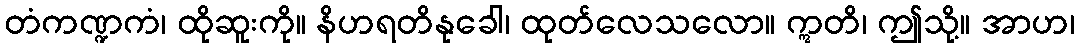
တံကဏ္ဍကံ၊ ထိုဆူးကို။ နိဟရတိနုခေါ၊ ထုတ်လေသလော။ ဣတိ၊ ဤသို့။ အာဟ၊